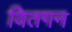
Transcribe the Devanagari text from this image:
वितगन